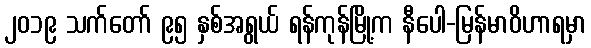
၂၀၁၉ သက်တော် ၉၅ နှစ်အရွယ် ရန်ကုန်မြို့က နီပေါ-မြန်မာဝိဟာရမှာ